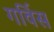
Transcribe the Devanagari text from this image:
गर्विस